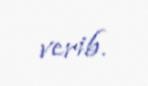
verib.